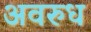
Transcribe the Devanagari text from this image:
अवरुध